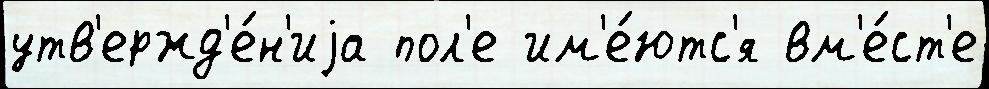
утв'ержд'е́н'иjа пол'е им'е́ютс'я вм'е́ст'е